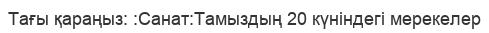
Тағы қараңыз: :Санат:Тамыздың 20 күніндегі мерекелер